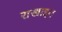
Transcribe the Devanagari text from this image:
राखाइन